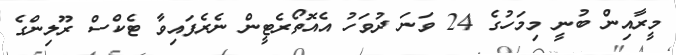
މީރާއިން ބުނީ މިމަހުގެ 24 ވަނަ ދުވަހު އެއޮތޯރެޓީން ނެރެފައިވާ ޓެކްސް ރޫލިންގެ